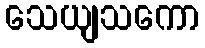
သေယျသကော